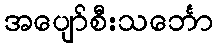
အပျော်စီးသင်္ဘော